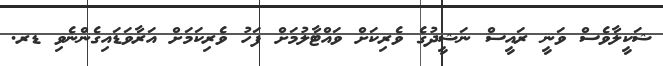
ޝަކީލާވެސް ވަނީ ރައީސް ނަޝީދުގެ ވެރިކަށް ވައްޓާލުމަށް ފަހު ވެރިކަމަށް އަރާވަޑައިގެންނެވި ޑރ.